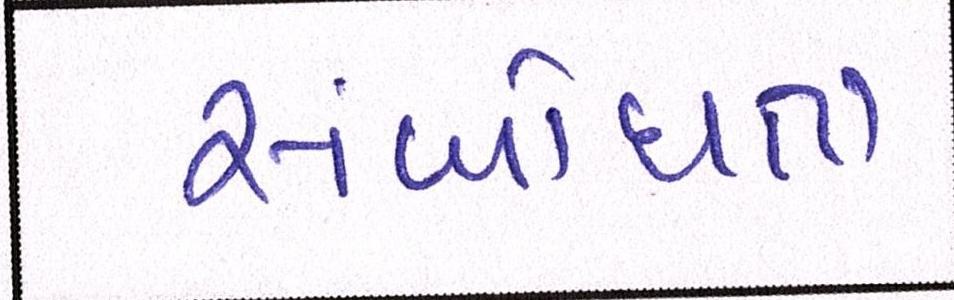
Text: સંબોધતા